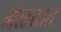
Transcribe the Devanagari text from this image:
मेळयात